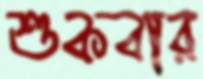
শুকবার